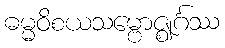
ဓမ္မဝိစယသမ္ဗောဇ္ဈင်္ဂဿ